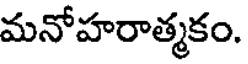
మనోహరాత్మకం.